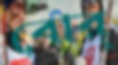
বোর্